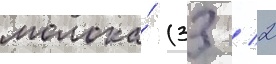
молока́ (33 / 2